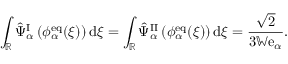
\begin{array} { r } { \displaystyle \int _ { \mathbb { R } } \hat { \Psi } _ { \alpha } ^ { \mathrm { I } } \left( \phi _ { \alpha } ^ { \mathrm { e q } } ( \xi ) \right) \mathrm { d } \xi = \displaystyle \int _ { \mathbb { R } } \hat { \Psi } _ { \alpha } ^ { \mathrm { I I } } \left( \phi _ { \alpha } ^ { \mathrm { e q } } ( \xi ) \right) \mathrm { d } \xi = \frac { \sqrt { 2 } } { 3 \mathbb { W } \mathrm { e } _ { \alpha } } . } \end{array}